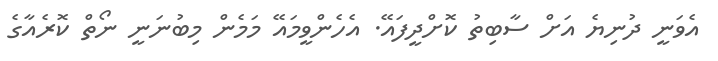
އެވަނީ ދުނިޔެ އަށް ސާބިތު ކޮށްދީފައޭ. އެހެންވީމައޭ މަމެން މިބުނަނީ ނޯތް ކޮރެއާގެ